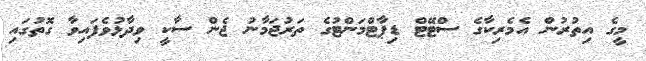
މީގެ އިތުރުން އެމެރިކާގެ ސްޓޭޓް ޑިޕާޓްމަންޓުގެ ތަރުޖަމާނު ޖެން ސާކީ ވިދާޅުވެފައިވާ ގޮތުގައި